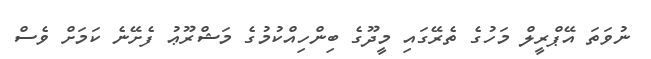
ނުވަތަ އޭޕްރީލް މަހުގެ ތެރޭގައި މީދޫގެ ބިންހިއްކުމުގެ މަޝްރޫޢު ފެށޭނެ ކަމަށް ވެސް